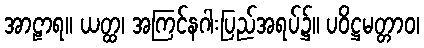
အာဠာရ။ ယတ္ထ၊ အကြင်နဂါးပြည်အရပ်၌။ ပဝိဋ္ဌမတ္တာဝ၊